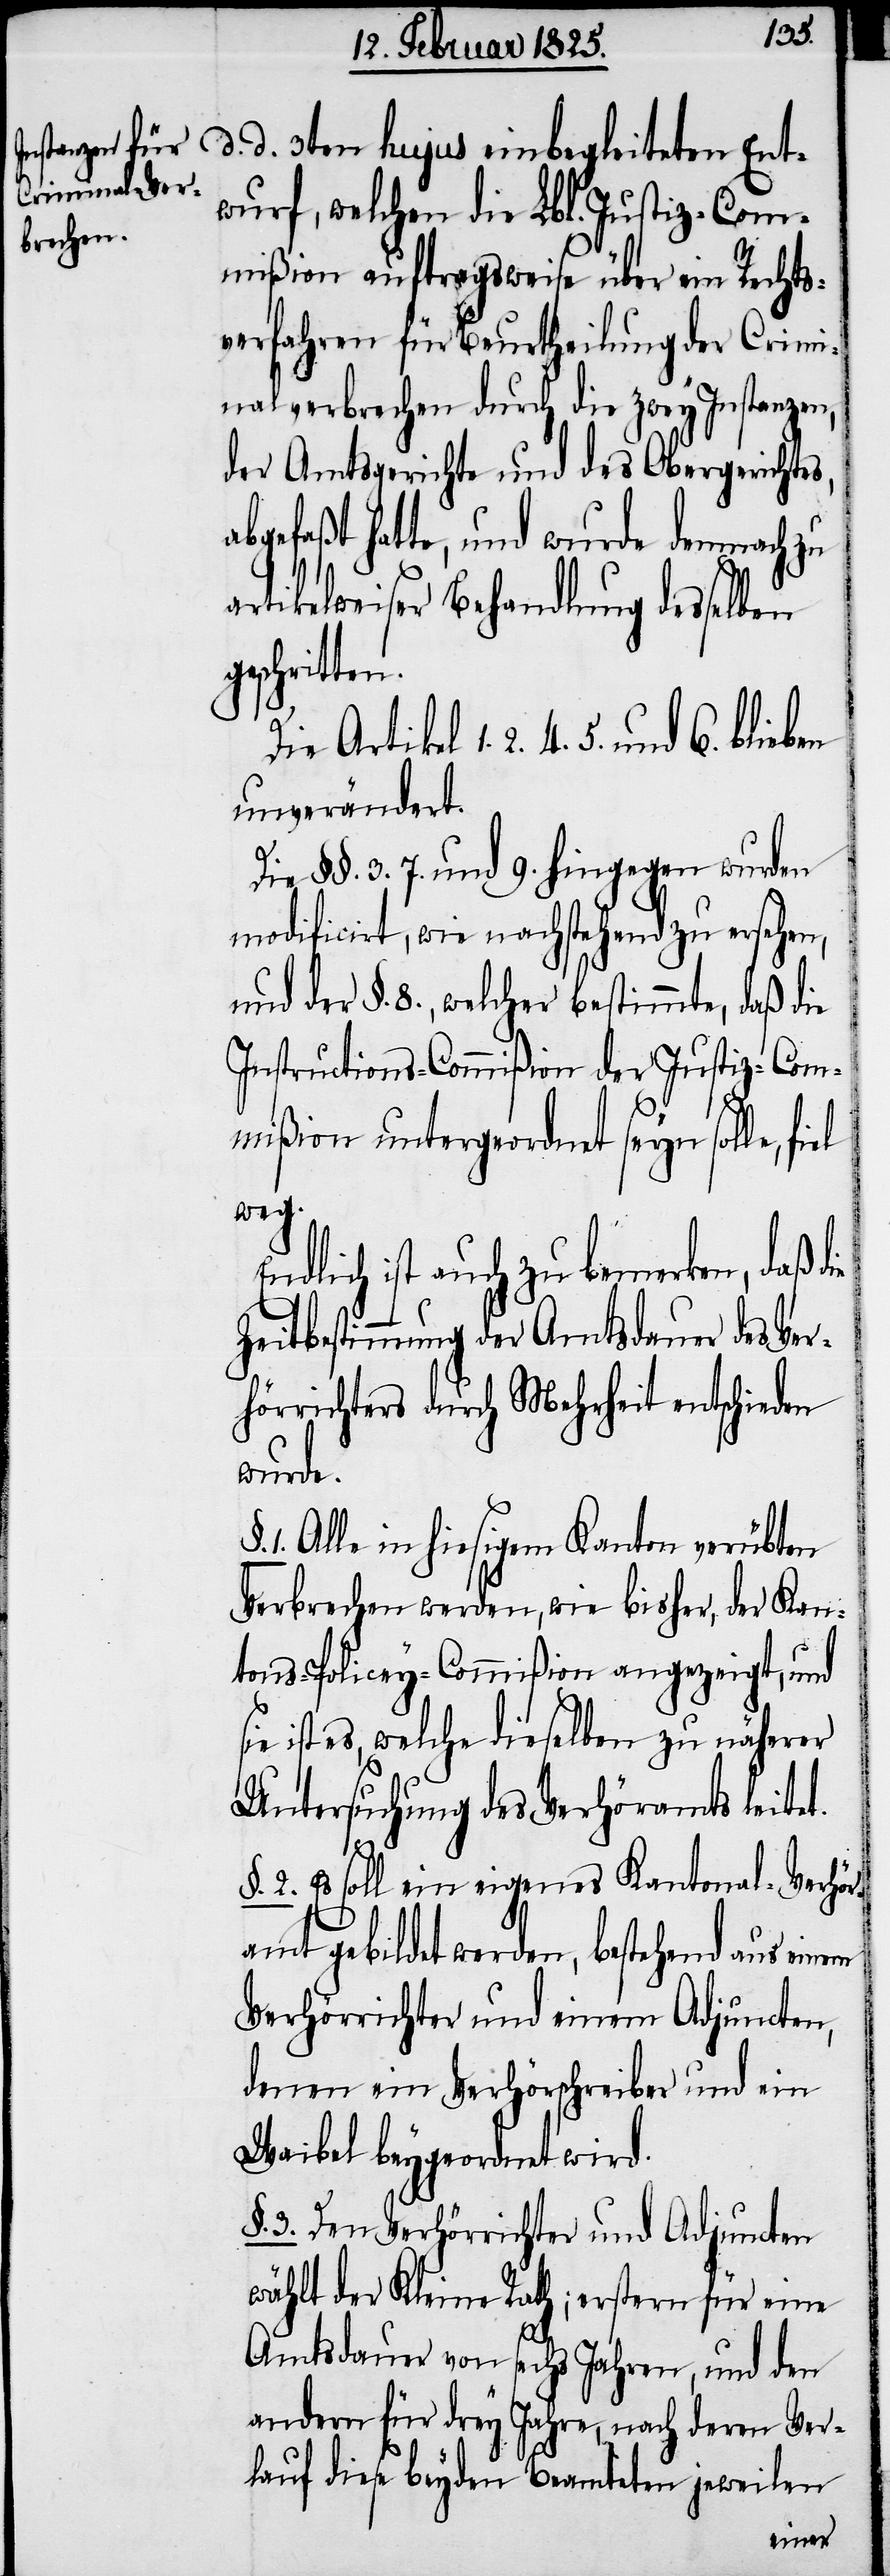
wurf, welchen die Lbl. Justiz-Com¬
mißion auftragsweise über ein Rechts¬
verfahren für Beurtheilung der Crimi¬
nalverbrechen durch die zwey Instanzen,
der Amtsgerichte und des Obergerichtes,
abgefaßt hatte, und wurde demnach zu
ie
artikelweiser Behandlung desselben
geschritten.
Die Artikel 1. 2. 4. 5. und 6.
unverändert.
Die §§. 3. 7. und 9. hingegen wurden
modificirt, wie nachstehend zu ersehen,
und der §. 8., welcher bestimmte, daß die
Instructions-Commißion der Justiz-Com¬
mißion untergeordnet seyn solle,
weg.
ndlich ist auch zu bemerken, daß d¬
Zeitbestimmung der Amtsdauer des Ver¬
hörrichters durch Mehrheit entschieden
wurde.
1. Alle in hiesigem Kanton verübten
Verbrechen werden, wie bisher, der Kan¬
tons-Policey-Commißion angezeigt, und
sie ist es, welche dieselben zu näherer
Untersuchung des Verhöramts leitet.
§.2. Es soll ein eigenes Kantonal-Verhör¬
amt gebildet werden, bestehend aus einem
Verhörrichter und einem Adjuncten,
denen ein Verhörschreiber und ein
Waibel beygeordnet wird.
3. Dem Verhörrichter und Adjuncten
wählt der Kleine Rath; erstern für eine
Amtsdauer von sechs Jahren, und den
andern für drey Jahre, nach deren Ver¬
lauf diese beyden Beamteten jeweilen
Ent¬